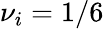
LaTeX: \nu_{i}=1/6